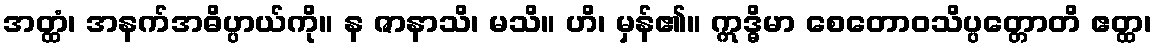
အတ္ထံ၊ အနက်အဓိပ္ပာယ်ကို။ န ဇာနာသိ၊ မသိ။ ဟိ၊ မှန်၏။ ဣဒ္ဓိမာ စေတောဝသိပ္ပတ္တောတိ ဧတ္ထ၊